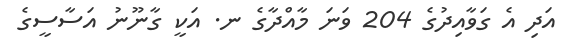
އަދި އެ ގަވާއިދުގެ 204 ވަނަ މާއްދާގެ ނ. އަކީ ގާނޫނު އަސާސީގެ